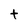
Character: t